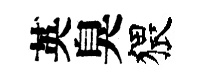
英臭猥